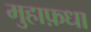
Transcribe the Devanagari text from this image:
मुहाफ़धा